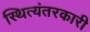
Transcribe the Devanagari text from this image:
स्थित्यंतरकारी